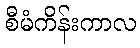
စီမံကိန်းကာလ